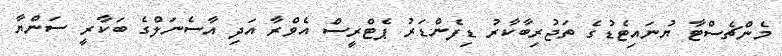
މެންޗެސްޓާ ޔުނައިޓެޑުގެ ތަޖުރިބާކާރު ޑިފެންޑަރު ޕެޓްރީސް އެވްރާ އަދި އާސެނަލްގެ ބަކާރީ ސަންޔާ